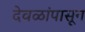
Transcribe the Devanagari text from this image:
देवळांपासून